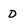
Character: D